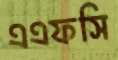
এএফসি